Annual report on the working of the lock hospitals in the North-Western Provinces and Oudh
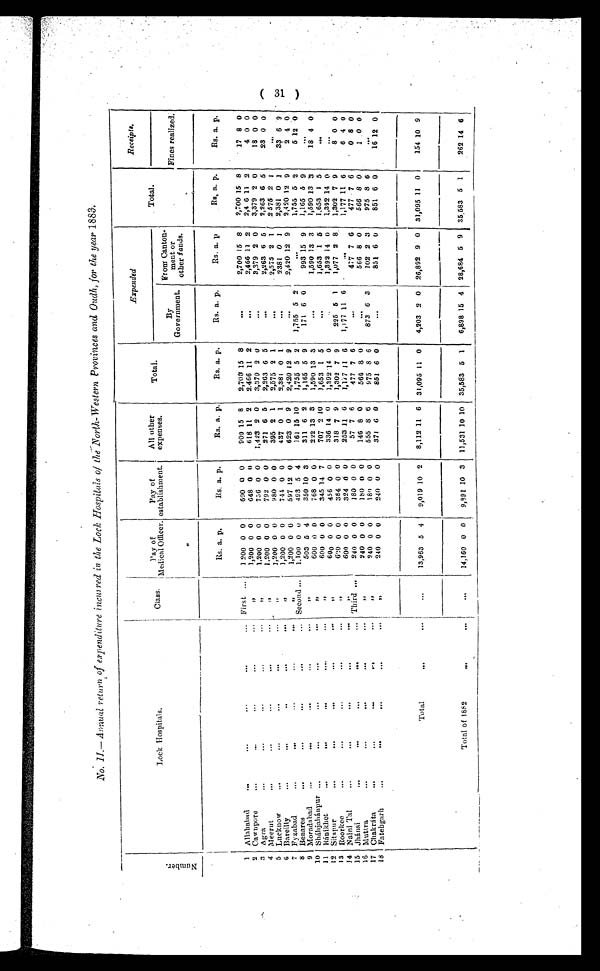
II
.- Annual return of expenditure incurred in the Lock Hospitals of the North-Western Provinces and Ouch, for the year 1883.
N u
m b e r .
Lock Hospitals.
Class.
Pay of
M e d i c a l O f f i c e r .
Pay of
establishment.
All other
expenses.
Total.
Expended
Total.
Receipts.
Fines realized.
By
Government.
From Canton-
m e n t
o t h e rf
u n d s .
1 Allahabad
...
...
...
... ... First ...
Rs. a. p.
Rs. a. p.
Rs. a. p.
Rs. a. p.
Rs. a. p.
Rs. a. p
Rs. a. p.
Rs. a. p.
1,200 0 0
600 0 0
900 15 8
2,700 15 8
. . .
2,700 15 8
2,700 15 8
17 8 0
2,46 11 2
4 0 0
2,466 11 2
1,200 0 0
648 0 0
618 11 2
2.466 11 2
. . .
"
2 Cawnpore
...
...
...
...
3,379 2 0
18 0 0
3,379 2 0
3,079 2 0
. . .
1,200 0 0
736 0 0
1,423 2 0
Agra
...
...
...
...
...
"
3
23 0 0
2:263 6 6
2,263 6 5
271 6 5
2,263 6 5
...
792 0 0
1,200 0 0
4 Meerut
... ... ... ...
"
2 575 2 1
2,575 2 1
. . .
2,575 2 1
. . .
395 2 1
1,200 0 0
980 0 0
5 Lucknow
...
...
...
...
"
2,381 0 1
2381 0 1
33 6 9
437 0 1
2,381 0 1
. . . .
1,200 0 0
744 0 0
Bareilly
... ..
...
...
,,
6
2,420 12 9
2 4 0
2,420 12 9
623 0 9
2,420 12 9
. . .
597 12 0
1,200 0 0
7 Fyzabad
...
...
...
...
"
5 12 0
1,755 5 2
. . .
161 15 10
1,755 5 2
1,755 5 2
8 Benares
...
...
...
...
... Second ...
1.100 0 u
493 5 4
. . .
311 6 2
1,165 5 9
993 15 9
1,165 5 9
503 5 4
350 10 3
171 6 0
,,
9 Moradabad
....
...
...
...
...
1
4 0
1,590 13 3
1,590 13 3
768 0 0
222 13 3
1,590 13 3
600 0 0
. . .
10 1 0
Shájahánpur ...
... ...
... ...
"
707 2 10
1,653 1 5
1,653 1 5
. . .
345 14 7
1,653 1 5
600 0 0
. . .
"
11 Ránikhet
...
... ...
....
1,392 14 0
1,392 14 0
456 0 0
336 14 0
1,392 14 0
. . .
...
600 0 0
Sitapur
... ... ... ... ...
"
12
1,302 7 9
1,077 2 8
318 7 9
1,302 7 9
225 5 1
8 0 0
600 0 0
384 0 0
"
13 Roorkee
...
...
..." ...
1,177 11 6
...
1,177 11 6
600 0 0
324 0 0
253 11 6
1,177
1 1 6
6 4 0
14
"
Naini Tal
...
...
... ... ...
477 7 6
477 7 6
0 8 0
Third ...
240 0 0
57 7 6
477 7 6
15 Jhansi
... ...
...
...
...
180 0 0
. . .
566 8 0
566 8 0
566 8 0
1 0 0
146 8 0
...
240 0 0
160 0 0
,,
16 Muttra ... ...
...
...
...
102 2 3
975 8 6
. . .
975 8 6
873 6 3
555 8 6
180 0 0
240 0 0
17 Chakráta
....
....
... ... ...
"
851 6 0
16 12 0
. . . 851 6 0
371 6 0
851 6 0
240 0 0
18 Fatebgarh
...
...
...
... ...
"
240 0 0
Total
...
...
13,963 5 4 i 9,019 10 2
8,112 11 6 31,095 II 0
4,203 2 0 26,892 9 0 31,095 11 0
154 10 9
Total of 1882... . . .
. . .
14,160 0 0
9,991 10 3
11,531 10 10 35,583 5 1
6,898 15 4 28,684 5 9
35,583 5 1
262 14 6